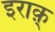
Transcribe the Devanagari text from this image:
इराक़्